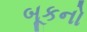
બૂકનો